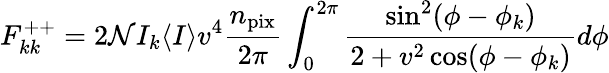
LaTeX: F_{kk}^{++}=2\mathcal{N}I_{k}\langle I\rangle v^{4}\frac{n_{\mathrm{pix}}}{2\pi}\int_{0}^{2\pi}\frac{\sin^{2}(\phi-\phi_{k})}{2+v^{2}\cos(\phi-\phi_{k})}d\phi